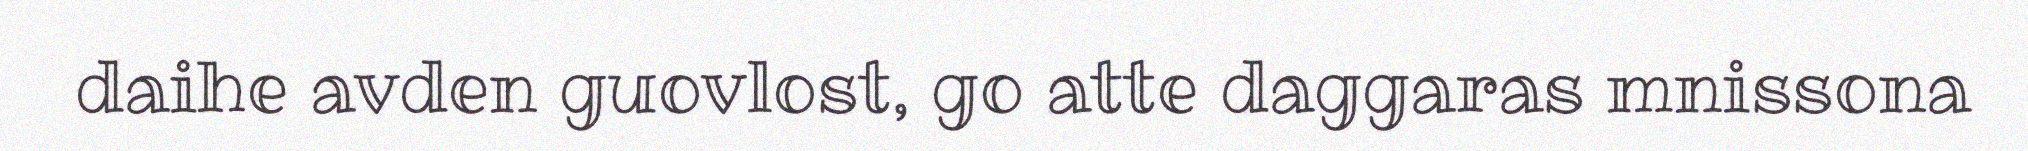
daihe avden guovlost, go atte daggaras mnissona